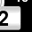
Digit: 2